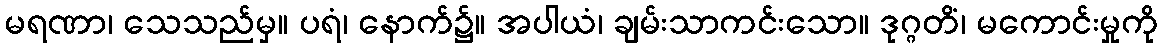
မရဏာ၊ သေသည်မှ။ ပရံ၊ နောက်၌။ အပါယံ၊ ချမ်းသာကင်းသော။ ဒုဂ္ဂတိံ၊ မကောင်းမှုကို